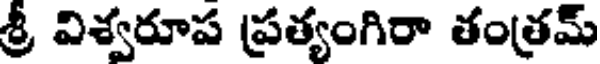
శ్రీ విశ్వరూప ప్రత్యంగిరా తంత్రమ్